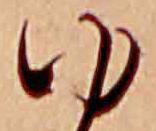
ゆ